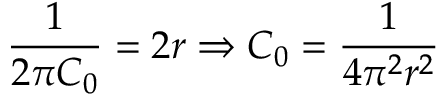
\frac { 1 } { 2 \pi C _ { 0 } } = 2 r \Rightarrow C _ { 0 } = \frac { 1 } { 4 \pi ^ { 2 } r ^ { 2 } }